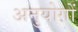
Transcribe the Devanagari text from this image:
अनुयोगों